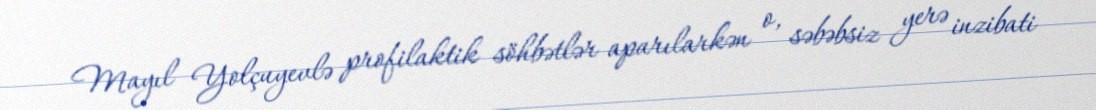
Mayıl Yolçuyevlə profilaktik söhbətlər aparılarkən o, səbəbsiz yerə inzibati